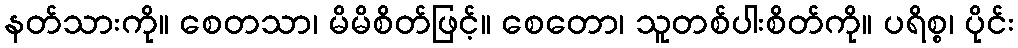
နတ်သားကို။ စေတသာ၊ မိမိစိတ်ဖြင့်။ စေတော၊ သူတစ်ပါးစိတ်ကို။ ပရိစ္စ၊ ပိုင်း